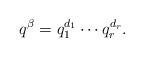
LaTeX: \begin{align*}q^\beta = q_1^{d_1} \cdots q_r^{d_r}.\end{align*}